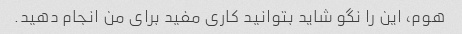
هوم، این را نگو شاید بتوانید کاری مفید برای من انجام دهید.